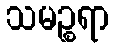
သမဉ္စရာ